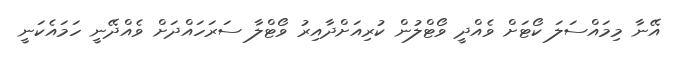
އޭނާ މިމައްސަލަ ކޯޓަށް ވެއްދީ ވޯޓްލުން ކުރިއަށްދާއިރު ވޯޓްލާ ސަރަހައްދަށް ވެއްދޭނީ ހަމައެކަނީ